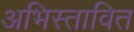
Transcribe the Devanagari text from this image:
अभिस्तावित